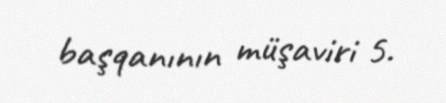
başqanının müşaviri 5.